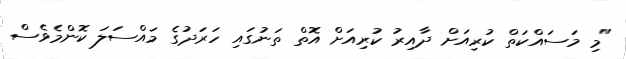
"މި މަސައްކަތް ކުރިއަށް ދާއިރު ކުރިއަށް އޮތް ތަނުގައި ހަރަދުގެ މައްސަލަ ކޮންމެވެސް